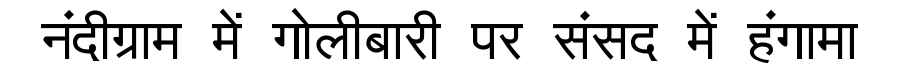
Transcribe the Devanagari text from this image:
नंदीग्राम में गोलीबारी पर संसद में हंगामा